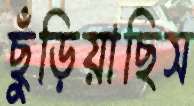
ছুঁড়িয়াছিস